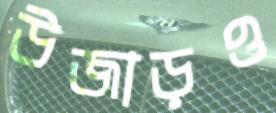
উজাড়ও